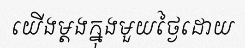
យើងម្តងក្នុងមួយថ្ងៃដោយ